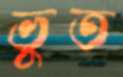
ভুত